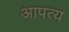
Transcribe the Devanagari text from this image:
आपत्य